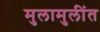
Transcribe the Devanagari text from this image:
मुलामुलींत